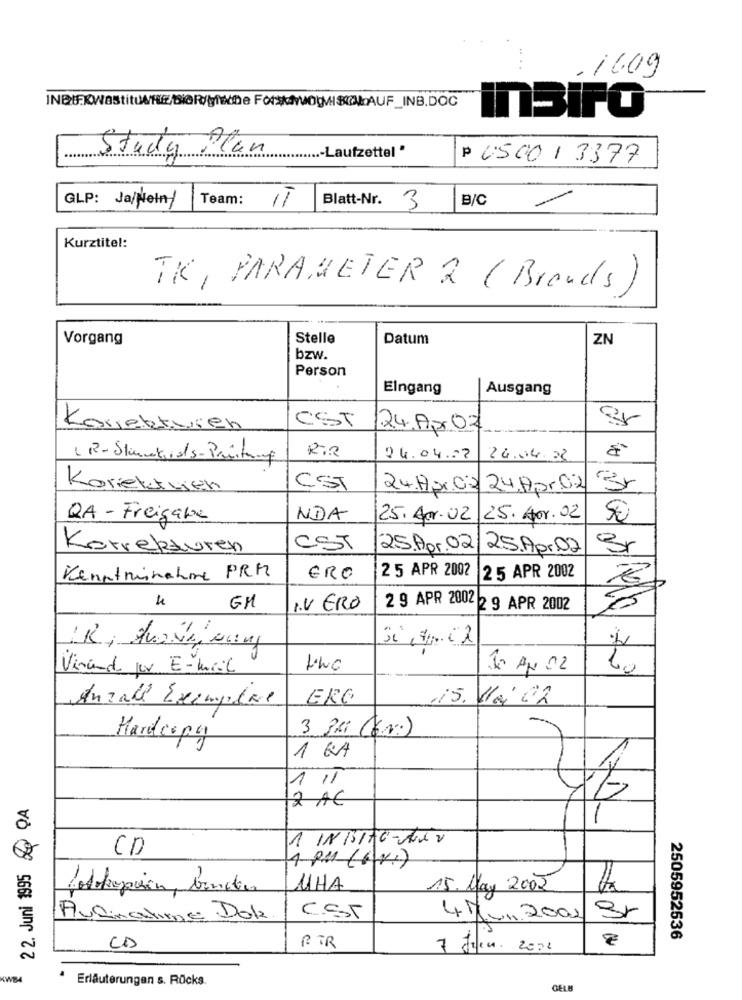
.16.09
inBiro
Study Plan
....- Laufzettel "
P 450013377
Team:
B/C
GLP: Ja/Neiny
IT
Blatt-Nr. 3
-
Kurztitel:
TK, PARAMETER 2 ( Brands)
Vorgang
Stelle
Datum
ZN
bzw.
Person
Eingang
Ausgang
CST
Korrekturen
24.Apr02
04.04.07
24.04.22
Korektuich
CST
24.17 pr.C.2 24,Apr.02
QA - Freigabe
NDA
25. Apr.02 25. Hor.02
Korrekturen
EST
2.5.Apr.02
2.5.Apr.02
25 APR 2002
Kenntnisnahme PRM
ERO
25 APR 2002
EM
I.V ERO
2 9 APR 2002 2 9 APR 2002
Virando per E-mail
10 AN 02
10
Anzahl Exemplare
ERG
15. Mai 02
3 PRO (EN)
Hardcopy
1 GA
22. Juni 1995 QA
2 AE
1
1 IN1/16-ALV
CD
fotokopison, benden
11HA
15. May 2002
Audinaline Dola
C.ST
41 ... 2002/ Sr
BTR
€
2505952536
CD
7 Juin. 2012
Erläuterungen s. Rücks.
GELB